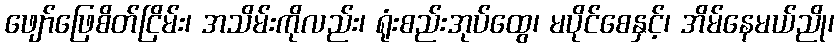
ဖျော်ဖြေစိတ်ငြိမ်း၊ အသိမ်းကိုလည်း၊ ရုံးစည်းအုပ်ထွေ၊ မပိုင်စေနှင့်၊ အိမ်နေမယ်ညို၊